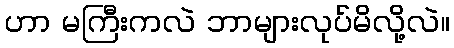
ဟာ မကြီးကလဲ ဘာများလုပ်မိလို့လဲ။